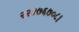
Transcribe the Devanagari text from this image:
२२४७६७०८।